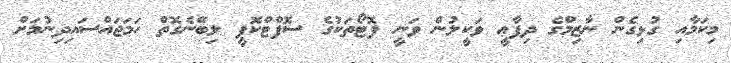
މިކަމާއި ގުޅިގެން ނާޒިމްގެ ދިފާޢީ ވަކީލުން ވަނީ ފޮޓޯތަކުގެ ސޮފްޓްކޮޕީ ލިބޭނެގޮތް ހަމަޖައްސައިދިނުމަށް